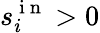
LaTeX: s_{i}^{\mathrm{~i~n~}}>0